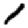
Digit: 1